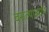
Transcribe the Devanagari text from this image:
बसल्याजागेर